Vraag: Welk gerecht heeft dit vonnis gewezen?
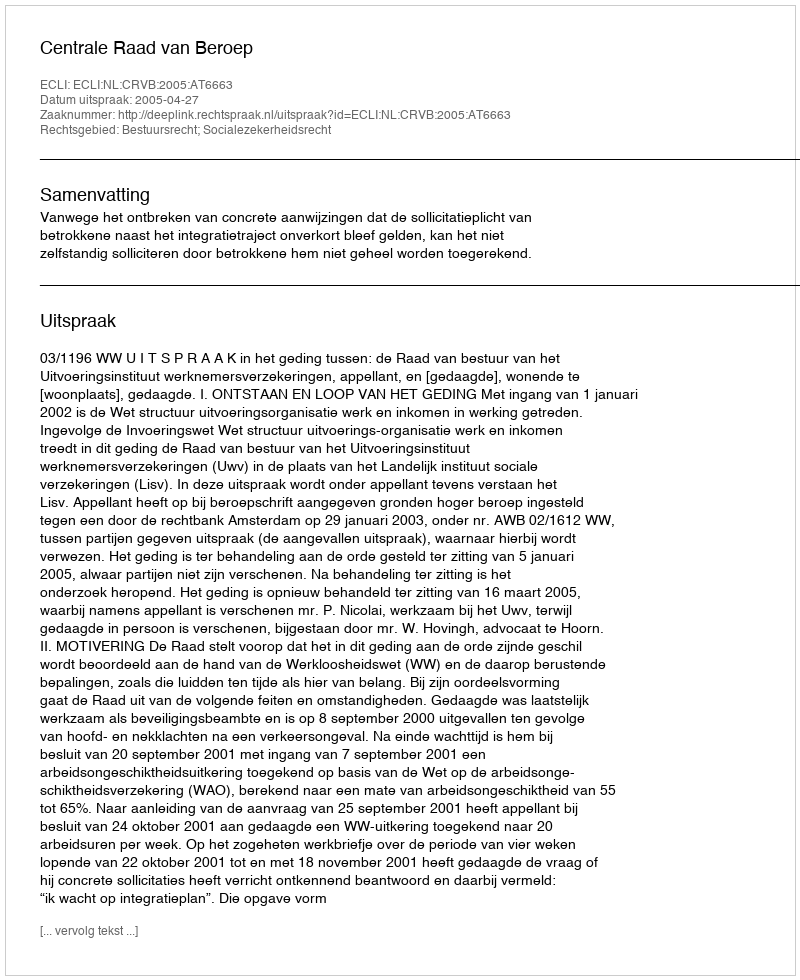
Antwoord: Centrale Raad van Beroep